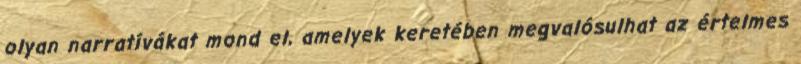
olyan narratívákat mond el, amelyek keretében megvalósulhat az értelmes